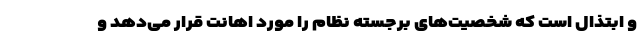
و ابتذال است که شخصیت‌های برجسته نظام را مورد اهانت قرار می‌دهد و